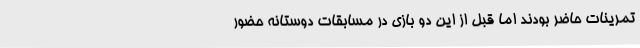
تمرینات حاضر بودند اما قبل از این دو بازی در مسابقات دوستانه حضور